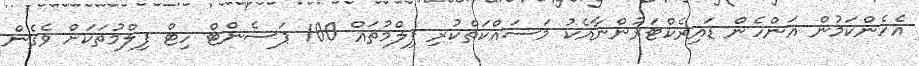
އެހެންކަމުން އަންހެން ޑައިރެކްޓަރުންނާއެކު މަސައްކަތްކުރި ފިލްމުތައް 100 ޕަސެންޓް ހިޓް ފިލްމުތަކަށް ވެގެން